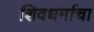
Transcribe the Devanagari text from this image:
शिवधर्माचा